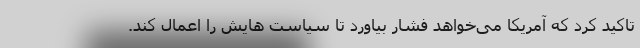
تاکید کرد که آمریکا می‌خواهد فشار بیاورد تا سیاست هایش را اعمال کند.